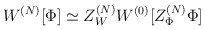
\begin{align*}W^{(N)}[\Phi ] \simeq Z_W^{(N)} W^{(0)}[Z_\Phi ^{(N)}\Phi ]\end{align*}